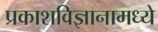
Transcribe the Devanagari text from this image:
प्रकाशविज्ञानामध्ये